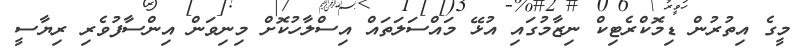
މީގެ އިތުރުން ޑިމޮކްރެޓިކް ނިޒާމުގައި އުޅޭ މައްސަލަތައް އިސްލާހުކޮށް މިނިވަން އިންސާފުވެރި ރިޔާސީ